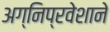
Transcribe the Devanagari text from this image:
अग्‍निप्रवेशाने